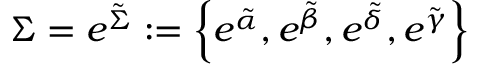
\Sigma = e ^ { \tilde { \Sigma } } : = \left\{ e ^ { \tilde { \alpha } } , e ^ { \tilde { \beta } } , e ^ { \tilde { \delta } } , e ^ { \tilde { \gamma } } \right\}